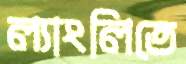
ল্যাংলিতে